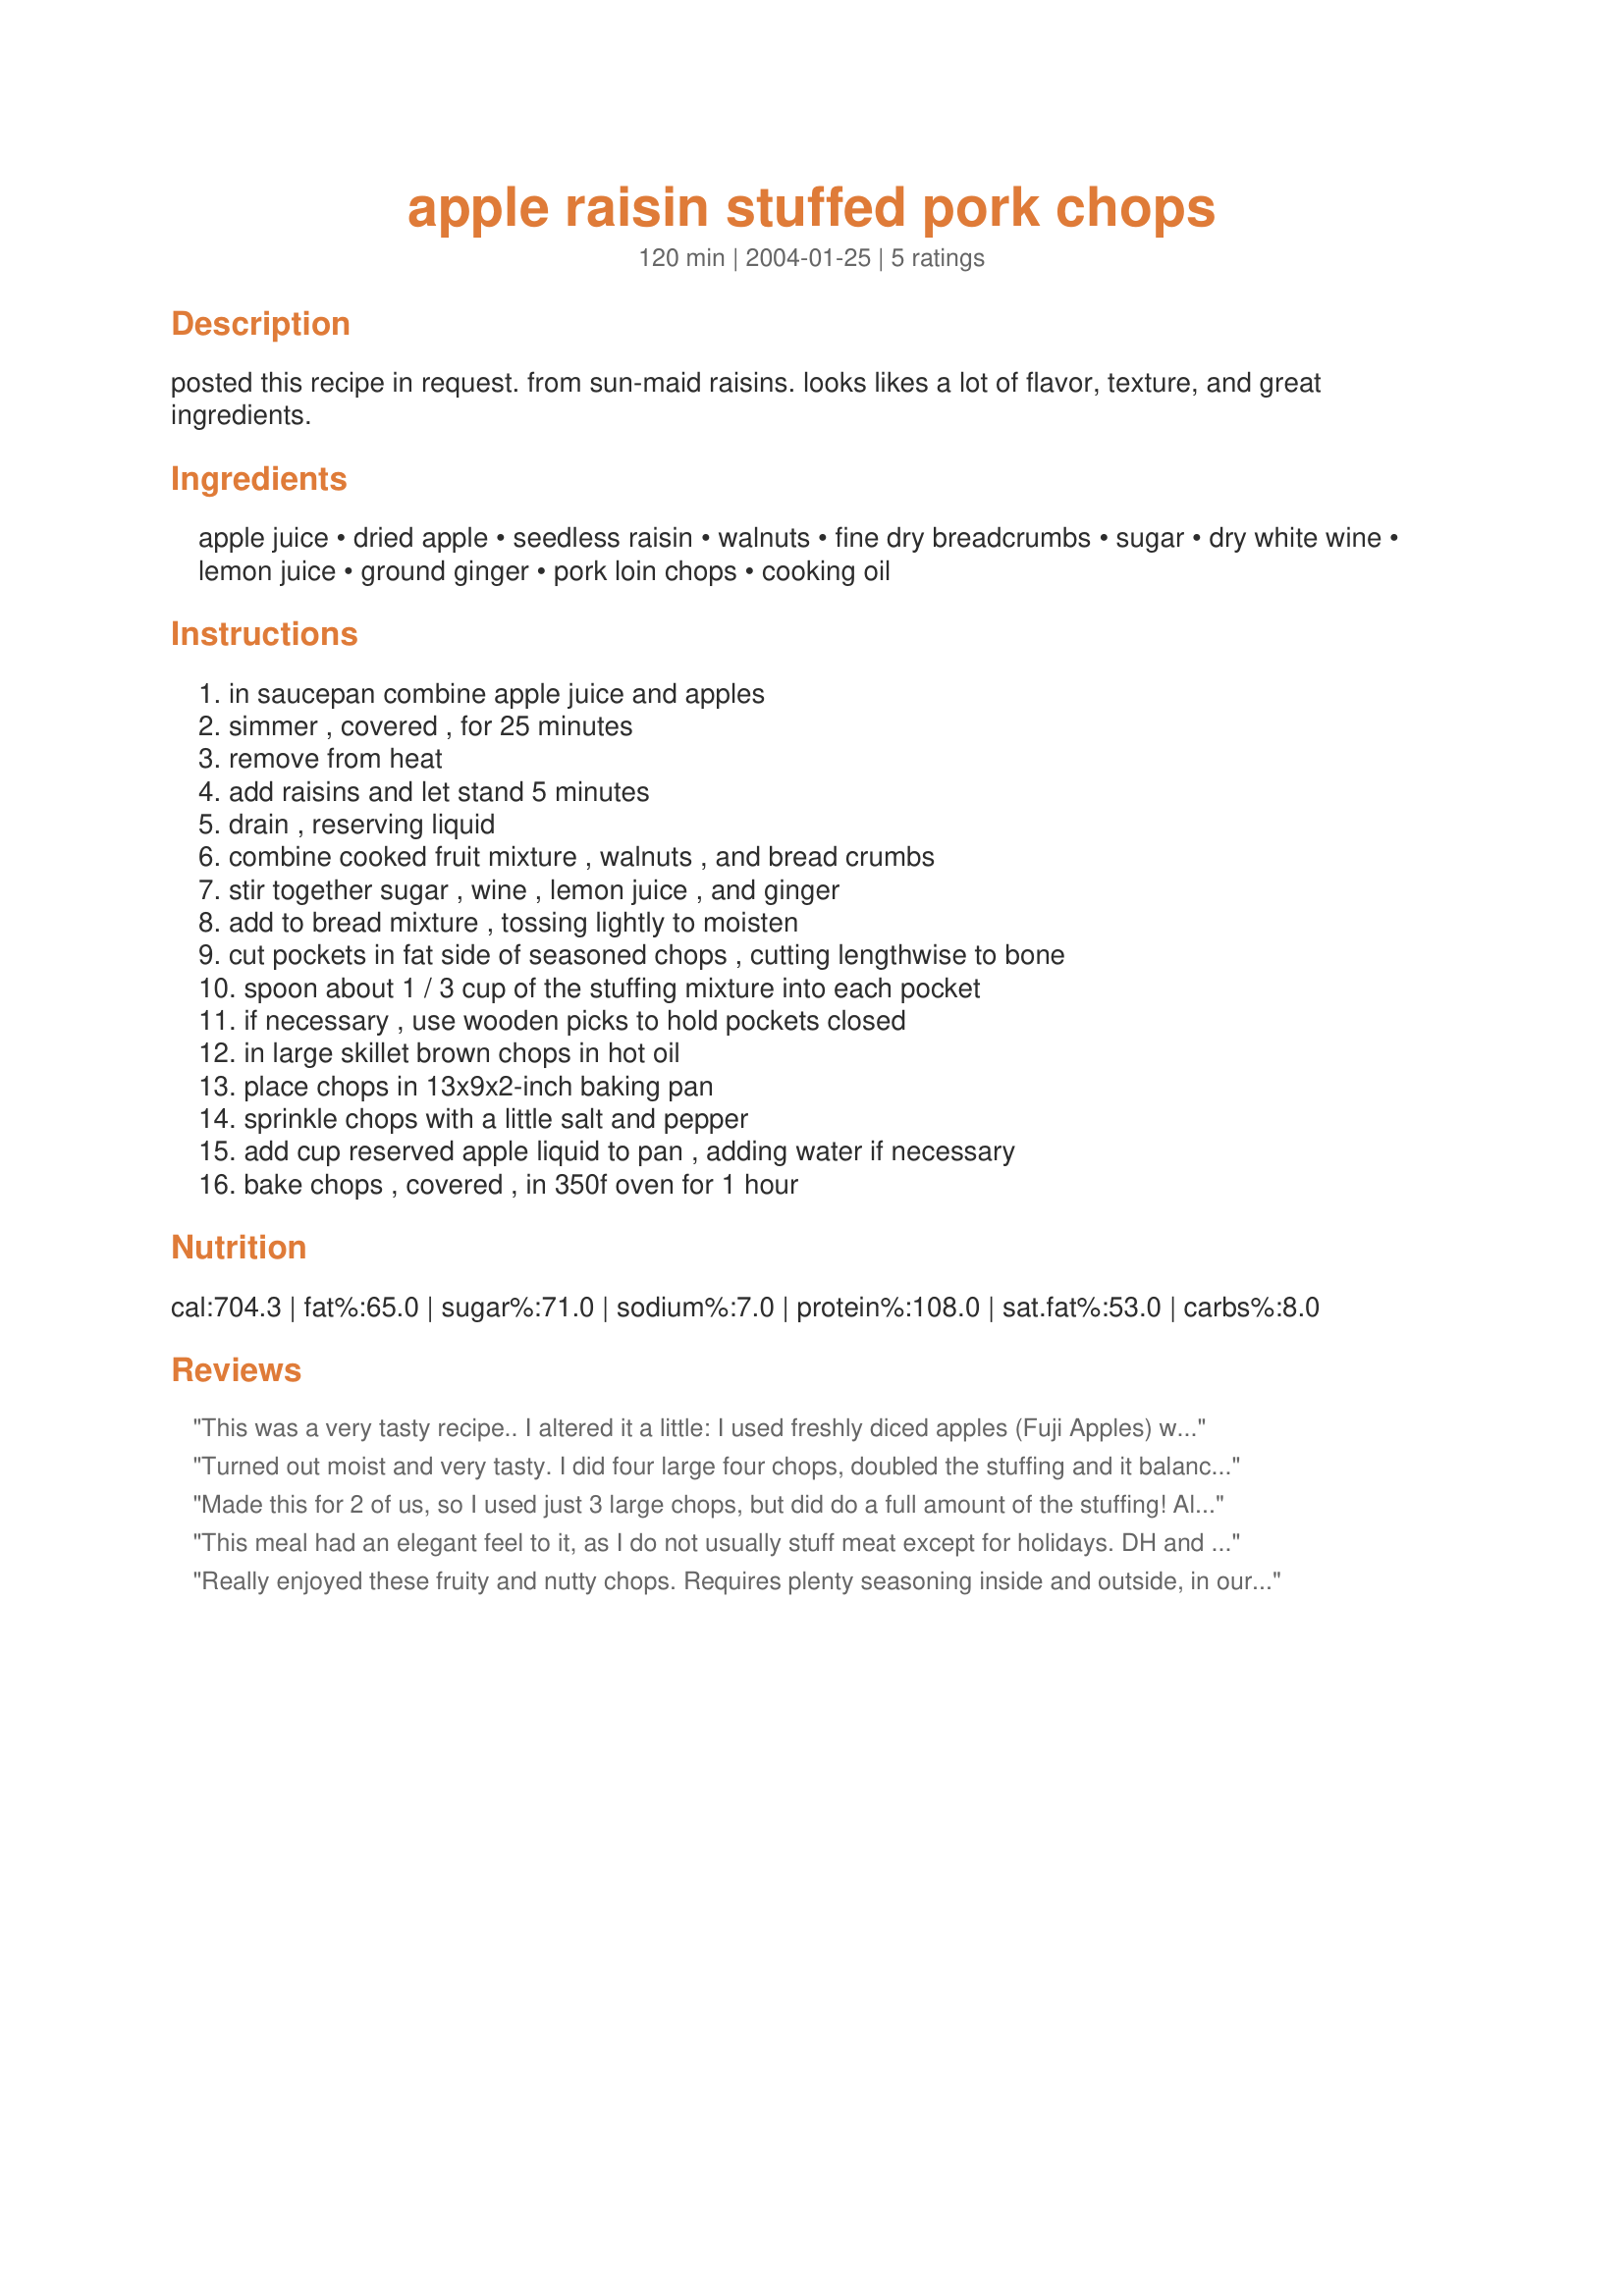
apple raisin stuffed pork chops
Preparation time: 120 minutes

posted this recipe in request. from sun-maid raisins. looks likes a lot of flavor, texture, and great ingredients.

Ingredients:
apple juice, dried apple, seedless raisin, walnuts, fine dry breadcrumbs, sugar, dry white wine, lemon juice, ground ginger, pork loin chops, cooking oil

Steps:
in saucepan combine apple juice and apples, simmer , covered , for 25 minutes, remove from heat, add raisins and let stand 5 minutes, drain , reserving liquid, combine cooked fruit mixture , walnuts , and bread crumbs, stir together sugar , wine , lemon juice , and ginger, add to bread mixture , tossing lightly to moisten, cut pockets in fat side of seasoned chops , cutting lengthwise to bone, spoon about 1 / 3 cup of the stuffing mixture into each pocket, if necessary , use wooden picks to hold pockets closed, in large skillet brown chops in hot oil, place chops in 13x9x2-inch baking pan, sprinkle chops with a little salt and pepper, add cup reserved apple liquid to pan , adding water if necessary, bake chops , covered , in 350f oven for 1 hour

Reviews:
This was a very tasty recipe.. I altered it a little: I used freshly diced apples (Fuji Apples) with the apple juice.. to which the apple juice was absorbed completely into the apples. I filled the pan with approx 1/4 inch of apple juice, that the pork chops cooked in the oven with.
Turned out moist and very tasty. I did four large four chops, doubled the stuffing and it balanced out perfectly.
Used Amaretto instead of white wine because that's what I had on hand.
Definantly an adult recipe.
Made this for 2 of us, so I used just 3 large chops, but did do a full amount of the stuffing! Also used some very flavorful dried Fuji apples instead of the somewhat tasteless ones from Sun-Maid, & we had a really outstanding supper, thanks to your recipe! [Tagged, made & reviewed in the current Comfort Cafe as part of the theme "This Little Piggy..."]
This meal had an elegant feel to it, as I do not usually stuff meat except for holidays. DH and I thought it was excellent! 14 yr. old son did not care for it as much and that's okay cause some things are for the more cultured adult taste. I am still giving this a 5-star (but may not be a kid pleaser).
Really enjoyed these fruity and nutty chops. Requires plenty seasoning inside and outside, in our opinion.
